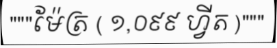
"""ម៉ែត្រ ( ១,០៩៩ ហ្វីត )"""